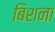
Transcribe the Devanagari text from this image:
बिशना